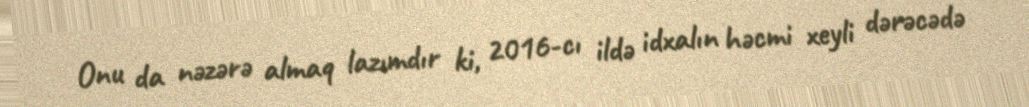
Onu da nəzərə almaq lazımdır ki, 2016-cı ildə idxalın həcmi xeyli dərəcədə